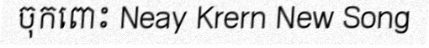
ចុកពោះ Neay Krern New Song